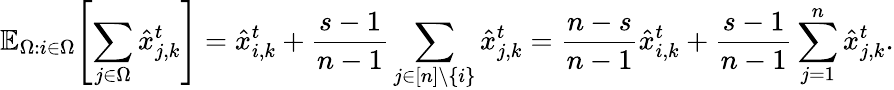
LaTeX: \mathbb{E}_{\Omega:i\in\Omega}\! \left[\sum_{j\in\Omega}\hat{x}_{j,k}^{t}\right]=\hat{x}_{i,k}^{t}+\frac{s-1}{n-1}\sum_{j\in[n]\backslash\{ i\} }\hat{x}_{j,k}^{t}=\frac{n-s}{n-1}\hat{x}_{i,k}^{t}+\frac{s-1}{n-1}\sum_{j=1}^{n}\hat{x}_{j,k}^{t}.